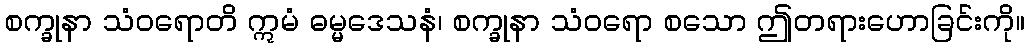
စက္ခုနာ သံဝရောတိ ဣမံ ဓမ္မဒေသနံ၊ စက္ခုနာ သံဝရော စသော ဤတရားဟောခြင်းကို။